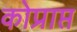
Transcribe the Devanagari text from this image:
कोप्राप्त